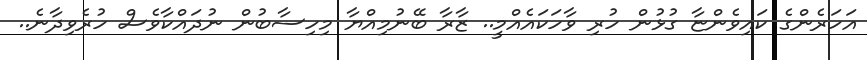
އަހަރެންގެ ކައިވެންޏާ ގުޅުން ހުރި ވާހަކައެއްމީ.. ޒާރާ ބޭނުމިއްޔާ މިހިސާބުން ނުދައްކާވެސް ހުރެވިދާނެ..